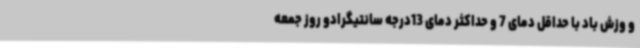
و وزش باد با حداقل دمای 7 و حداکثر دمای 13درجه سانتیگرادو روز جمعه